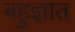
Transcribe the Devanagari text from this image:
बहुज्ञात